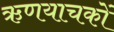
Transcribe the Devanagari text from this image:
ऋणयाचकों